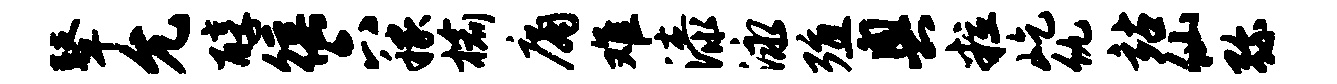
鼙允醇徭六稼榆庸难漆泳殖奥粒屹仇站仙弥